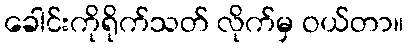
ခေါင်းကိုရိုက်သတ် လိုက်မှ ဝယ်တာ။